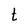
Character: t